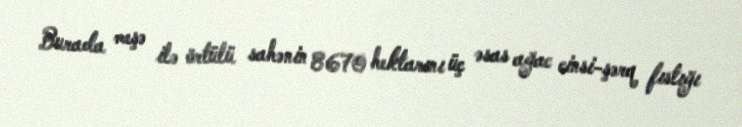
Burada meşə ilə örtülü sahənin 8670 hektarını üç əsas ağac cinsi-şərq fıstığı